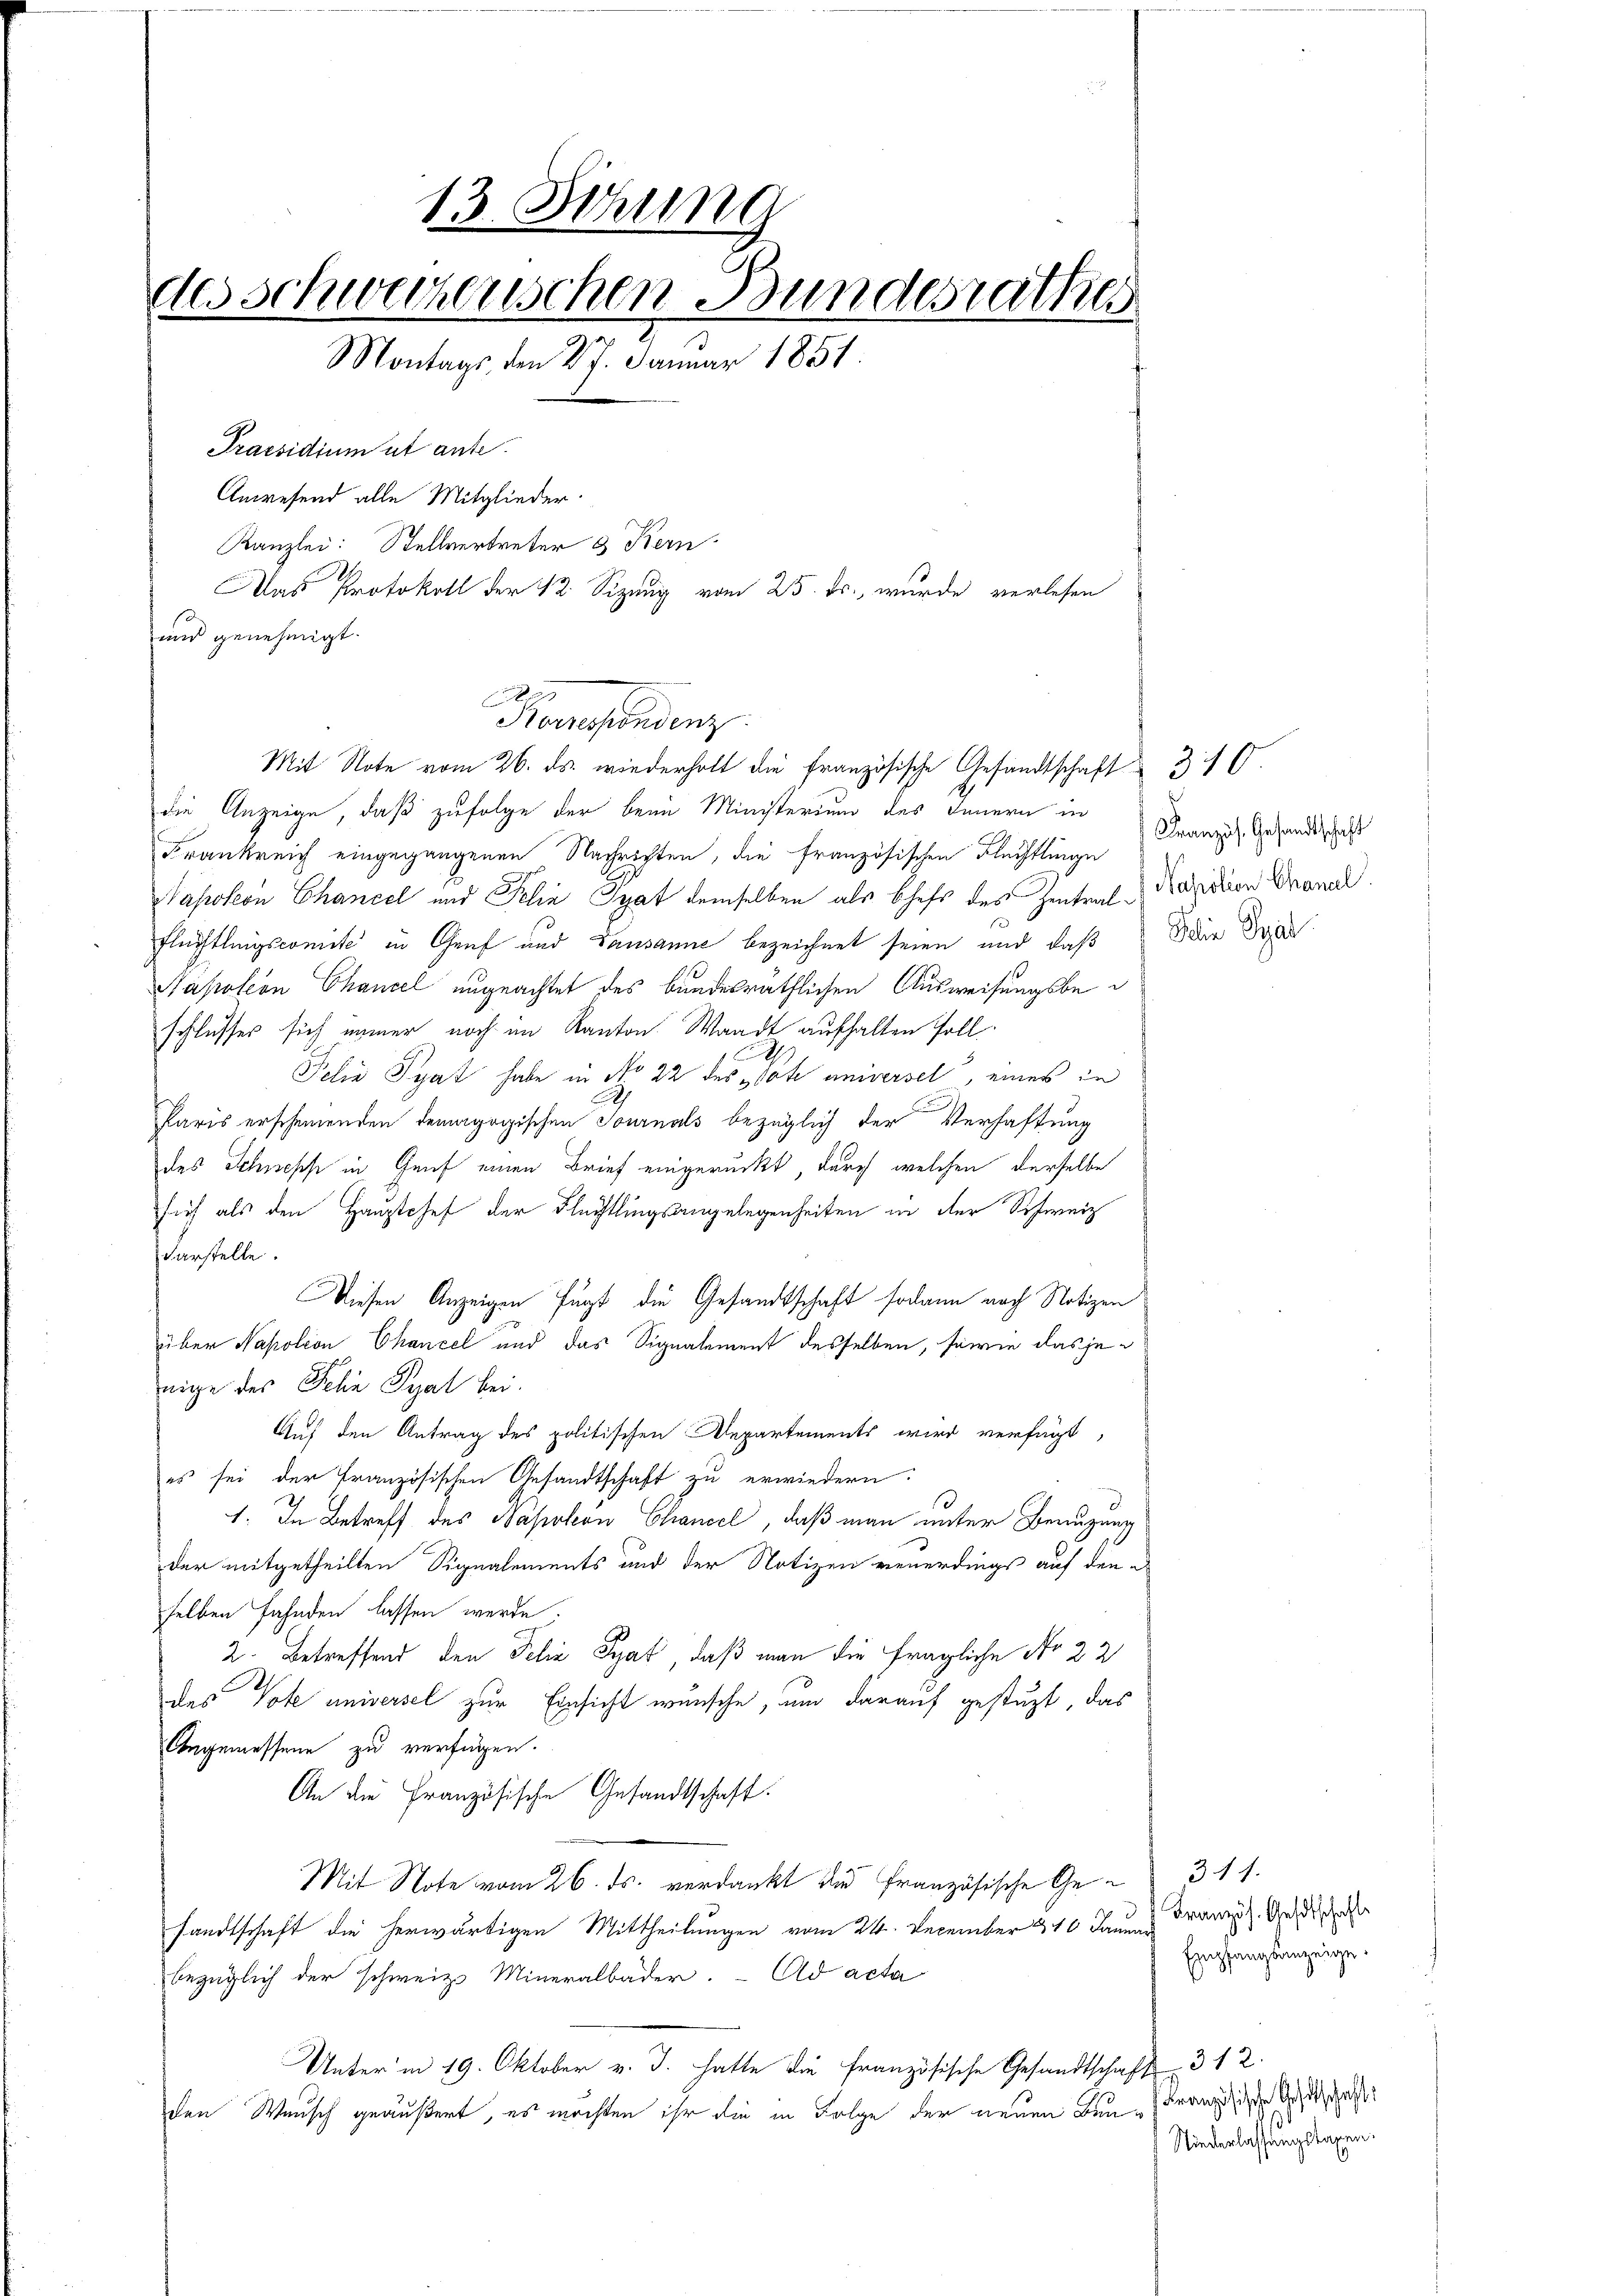
13. Sehrung
des Schweizerischen Bundesrathe
Montags den 27. Januar 1851.
Praesidium ut ante.
Anwesend alle Mitglieder.
Kanzlei: Stellvertreter & Kern
Das Protokoll der 12. Sizung vom 25. Fr., wurde verlesen
und genehmigt.

Rawesendenz.
Mit Note vom 26. ds. wiederholt die französische Gesandtschaft 310.

die Anzeige, daß zufolge der beim Ministerium des Innern in
Frankreich eingegangenen Nachrichten, die französischen Flechtlinge Französ. Gesandtschaft
Napoleon Chancel und Felix That demselben als Chefs des Zentral-Präsidion Granal
Flechtlingscomite in Genf und Lausanne bezeichnet seien und daß die Krie
Napoleon Chancel ungeachtet des bundesräthlichen Ausweisungsbeschlusses sich immer noch im Kanton Waadt aufhalten soll.
Felix Syat habe in Nr. 22 des rohe universel, eines in
Paris erscheinenden demagogischen Tournals bezüglich der Verhaftung
des Schnes in Genf einen Brief eingerückt, durch welchen derselbe
sich als den Hauptchef der Flüchtlingsangelegenheiten in der Schweiz
darstelle.
Diesen Anzeigen fügt die Gesandtschaft sodann nach Notizen
über Napoleon Chancel und das Signalement desselben, sowie dasjenige des Felia Pyal bei.
Auf den Antrag des politischen Repartements wird verfügt,
es sei der Französischen Gesandtschaft zu erwiedern:
1. In Betreff des Napoleon Chancel, daß man unter Benuzung
der mitgetheilten Signalements und der Notizen reuerdings auf den e
selben fahnden lassen werde.
2. Betreffend den Felix Syat, daß man die fragliche No 22
s
des Tote universel zur Einsicht wünsche, um darauf gestüzt, das
Angemessene zu verfügen.
An die Französische Gesandtschaft.
Mit Note vom 26. ds. verdankt und französische Ge- 311.
sandtschaft die herwärtigen Mittheilungen vom 24. December & 10 Januar
bezüglich der schweiz. Mineralbader. Ad acta
Unter in 19. Oktober v. J. hatte die Französische Gesandtschaft 312.
den Wunsch geäußert, es möchten ihr die in Folge der neuen Bun-Französische Gesuchschaft

Französ. Gehtschaft
Empfangsanzeige.

Niederlassungstaxen.